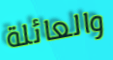
والعائلة